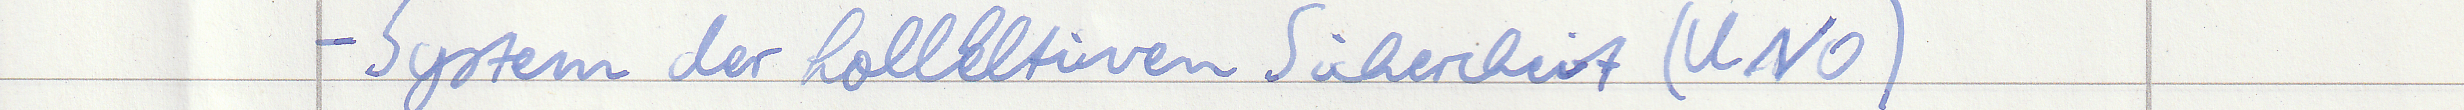
- System der kollektiven Sicherheit (UNO